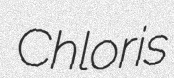
Chloris